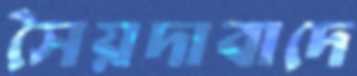
সৈয়দাবাদে